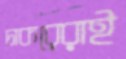
চাকরেরাই